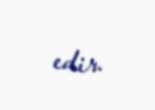
edir.